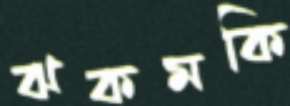
ঝকমকি